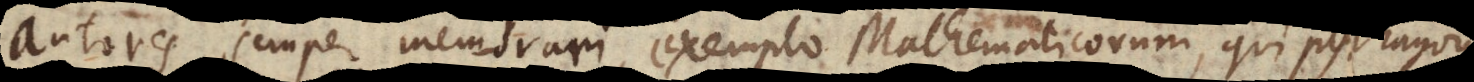
autores semper memorari exemplo Mathematicorum, qui Pythagora